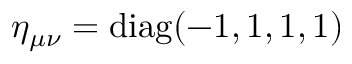
\eta _ { \mu \nu } = \mathrm { d i a g } ( - 1 , 1 , 1 , 1 )